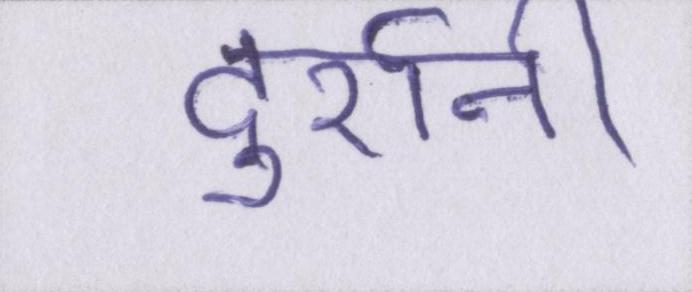
दुर्रानी